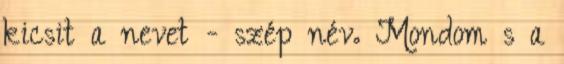
kicsit a nevet - szép név. Mondom s a